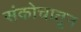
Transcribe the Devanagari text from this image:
संकोचातून